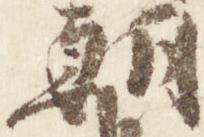
朝